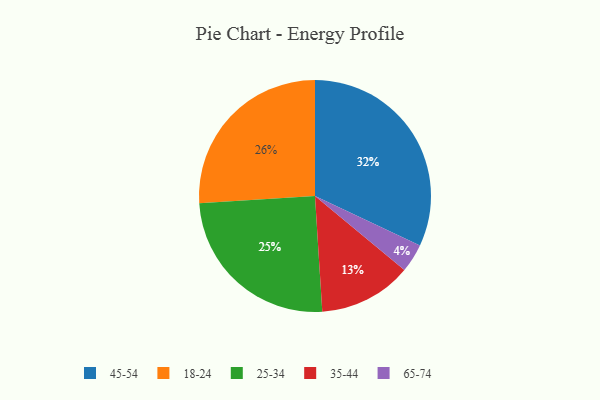
{"axis": {"x": "Category", "y": "Percentage"}, "legend": ["18-24", "25-34", "35-44", "45-54", "65-74"], "data": [{"x": "35-44", "y": 13, "type": "35-44"}, {"x": "45-54", "y": 32, "type": "45-54"}, {"x": "65-74", "y": 4, "type": "65-74"}, {"x": "25-34", "y": 25, "type": "25-34"}, {"x": "18-24", "y": 26, "type": "18-24"}]}